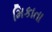
મિકાતા